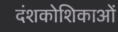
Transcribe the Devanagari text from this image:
दंशकोशिकाओं